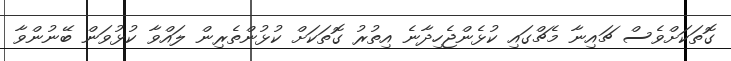
ގޮތަކަށްވެސް ޗައިނާ މެޗްގައި ކުޅެންޖެހިދާނެ އިތުރު ގޮތަކަށް ކުޅުންތެރިން ލައްވާ ކުޅުވަން ބޭނުންވާ